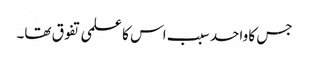
جس کا واحد سبب اس کا علمی تفوق تھا۔